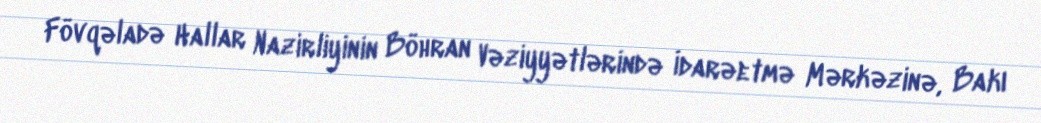
Fövqəladə Hallar Nazirliyinin Böhran Vəziyyətlərində İdarəetmə Mərkəzinə, Bakı